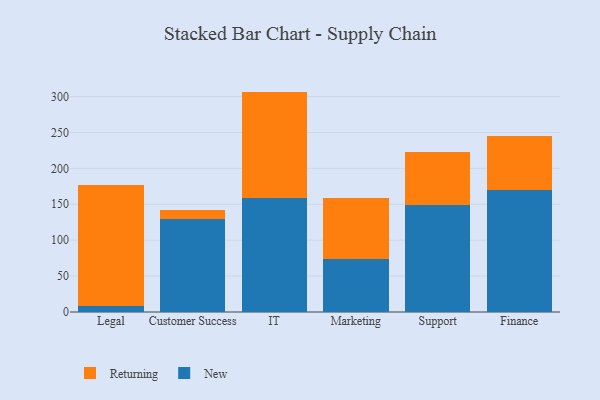
{"axis": {"x": "Department", "y": "Latency (ms)"}, "legend": ["New", "Returning"], "data": [{"x": "Legal", "y": 8.9, "type": "New"}, {"x": "Legal", "y": 168.0, "type": "Returning"}, {"x": "Customer Success", "y": 129.6, "type": "New"}, {"x": "Customer Success", "y": 12.3, "type": "Returning"}, {"x": "IT", "y": 159.2, "type": "New"}, {"x": "IT", "y": 147.7, "type": "Returning"}, {"x": "Marketing", "y": 73.8, "type": "New"}, {"x": "Marketing", "y": 84.3, "type": "Returning"}, {"x": "Support", "y": 149.6, "type": "New"}, {"x": "Support", "y": 72.6, "type": "Returning"}, {"x": "Finance", "y": 169.9, "type": "New"}, {"x": "Finance", "y": 75.3, "type": "Returning"}]}